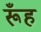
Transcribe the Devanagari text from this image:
रूँह